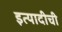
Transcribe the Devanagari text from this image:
इत्यादीची